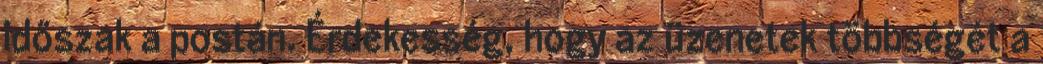
időszak a postán. Érdekesség, hogy az üzenetek többségét a